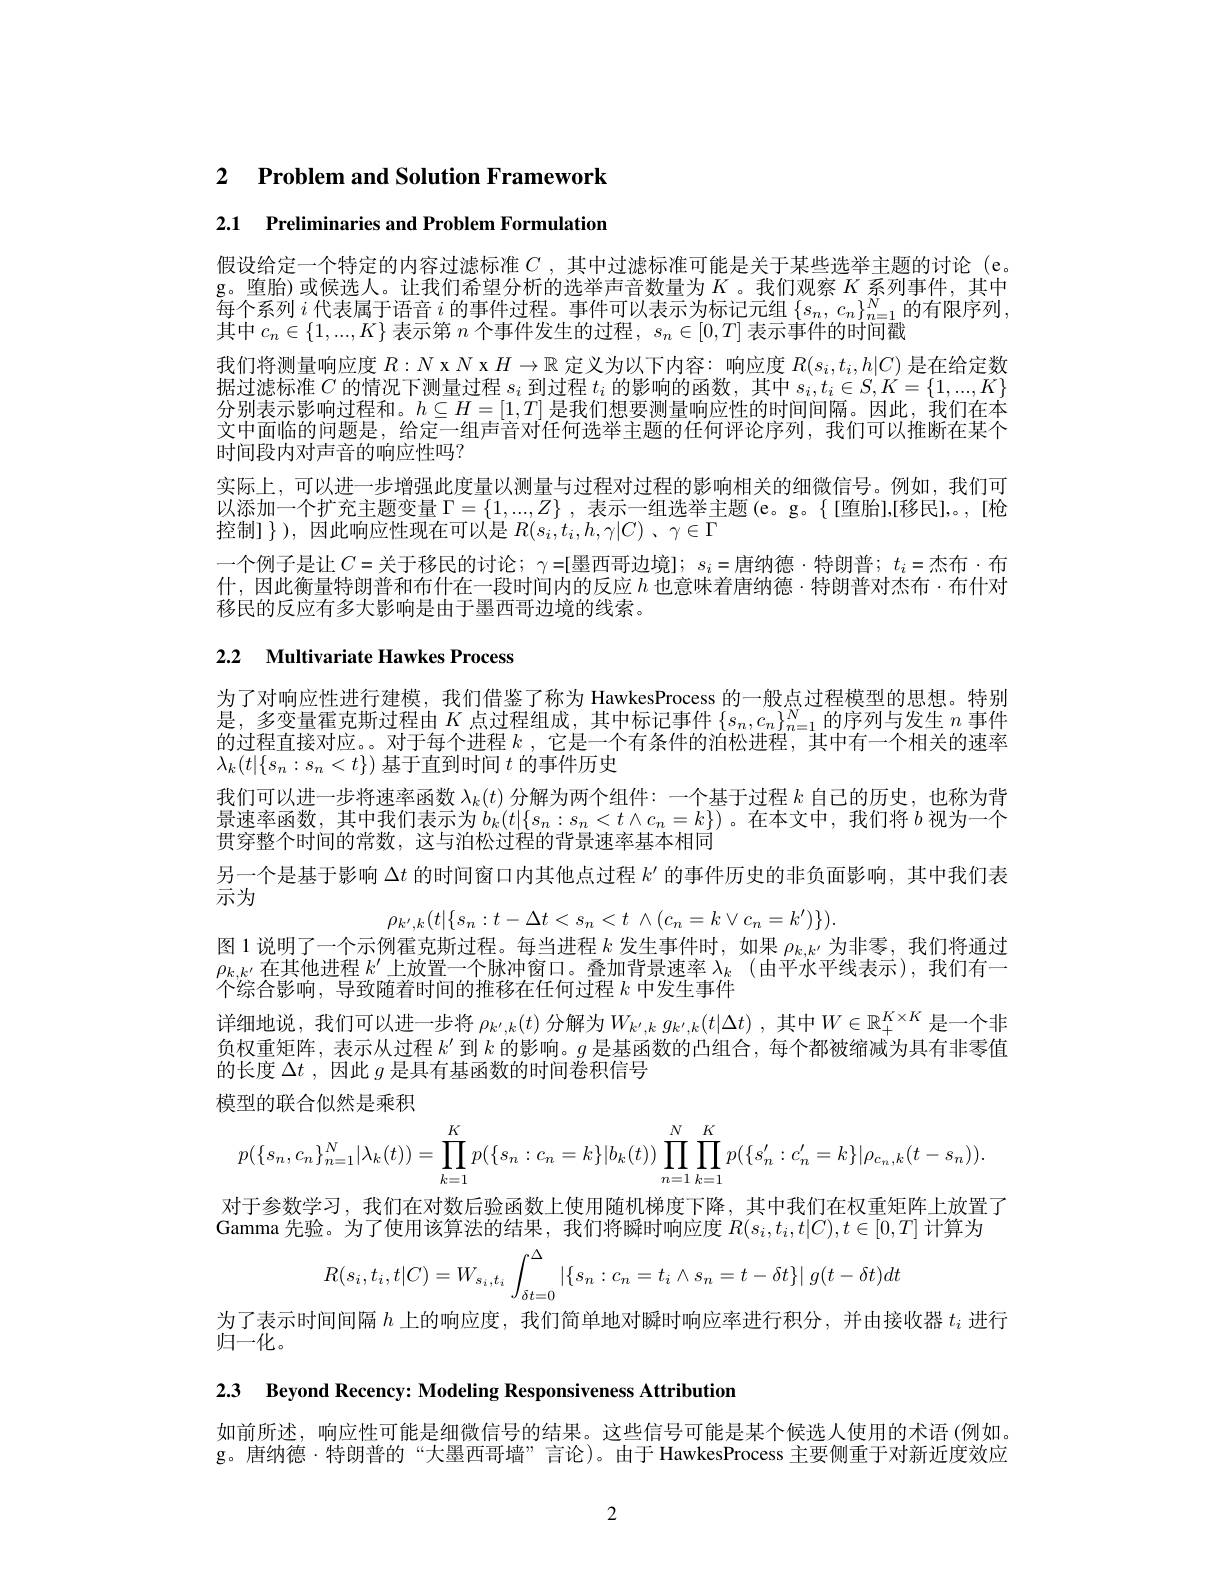
## 2 $\textbf{Problem and Solution Framework}$

2.1 Preliminaries and Problem Formulation

假设给定一个特定的内容过滤标准$C$ ,其中过滤标准可能是关于某些选举主题的讨论 (e。g。堕胎)或候选人。让我们希望分析的选举声音数量为$K$。我们观察$K$系列事件，其中每个系列$i$代表属于语音$i$的事件过程。事件可以表示为标记元组$\{s_n,c_n\}_n=1^N$的有限序列， 其中$c_n\in\{1,...,K\}$表示第$n$个事件发生的过程$,s_n\in[0,T]$表示事件的时间戳
我们将测量响应度$R:N$ x $N$ x $H\to\mathbb{R}$定义为以下内容：响应度$R(s_i,t_i,h|C)$是在给定数据过滤标准$C$的情况下测量过程$s_i$到过程$t_i$的影响的函数，其中$s_i,t_i\in S,K=\{1,...,K\}$ 分别表示影响过程和。$h\subseteq H=[1,T]$是我们想要测量响应性的时间间隔。因此，我们在本文中面临的问题是，给定一组声音对任何选举主题的任何评论序列，我们可以推断在某个时间段内对声音的响应性吗？
实际上，可以进一步增强此度量以测量与过程对过程的影响相关的细微信号。例如，我们可以添加一个扩充主题变量$\Gamma=\{1,...,Z\}$,表示一组选举主题(e。g。{[I堕胎],[移民],。,[枪控制]),因此响应性现在可以是$R( s_i, t_i, h, \gamma | C)$ , $\gamma \in \overline {\Gamma }$
一个例子是让 $C=$ 关于移民的讨论；$\gamma=[$墨西哥边境$];s_i=$唐纳德·特朗普$;t_i=$杰布·布什，因此衡量特朗普和布什在一段时间内的反应$h$也意味着唐纳德·特朗普对杰布·布什对移民的反应有多大影响是由于墨西哥边境的线索。

## 2.2 Multivariate Hawkes Process

为了对响应性进行建模，我们借鉴了称为 HawkesProcess 的一般点过程模型的思想。特别是，多变量霍克斯过程由$K$点过程组成，其中标记事件$\{s_n,c_n\}_{n=1}^N$的序列与发生$n$事件的过程直接对应。对于每个进程$k$ ,它是一个有条件的泊松进程，其中有一个相关的速率$\lambda_k(t|\{s_n:s_n<t\})$基于直到时间$t$的事件历史
我们可以进一步将速率函数$\lambda_k(t)$分解为两个组件：一个基于过程$k$自己的历史，也称为背景速率函数，其中我们表示为$b_k(t|\{s_n:s_n<t\wedge c_n=k\})$。在本文中，我们将 $b$ 视为一个贯穿整个时间的常数，这与泊松过程的背景速率基本相同
另一个是基于影响$\Delta t$的时间窗口内其他点过程$k^{\prime}$的事件历史的非负面影响，其中我们表
示为
$$\rho_{k^{\prime},k}(t|\{s_{n}:t-\Delta t<s_{n}<t\:\wedge(c_{n}=k\vee c_{n}=k^{\prime})\}).$$
图 1 说明了一个示例霍克斯过程。每当进程$k$发生事件时，如果$\rho_k,k^{\prime}$为非零，我们将通过$\rho_{k,k^{\prime}}$在其他进程$k^\prime$上放置一个脉冲窗口。叠加背景速率$\lambda_k$ (由平水平线表示),我们有一个综合影响，导致随着时间的推移在任何过程$k$中发生事件
详细地说，我们可以进一步将 $\rho_{k^{\prime},k}(t)$ 分解为$W_k^{\prime},kg_{k^{\prime},k}(t|\Delta t)$,其中$W\in\mathbb{R}_+^{K\times K}$ 是一个非负权重矩阵，表示从过程$k^\prime$到$k$的影响。$g$是基函数的凸组合，每个都被缩减为具有非零值的长度$\Delta t$ ,因此$g$是具有基函数的时间卷积信号
模型的联合似然是乘积
$$\begin{aligned}p(\{s_n,c_n\}_{n=1}^N|\lambda_k(t))=\prod_{k=1}^Kp(\{s_n:c_n=k\}|b_k(t))\prod_{n=1}^N\prod_{k=1}^Kp(\{s_n':c_n'=k\}|\rho_{c_n,k}(t-s_n)).\end{aligned}$$
对于参数学习，我们在对数后验函数上使用随机梯度下降，其中我们在权重矩阵上放置了
Gamma 先验。为了使用该算法的结果，我们将瞬时响应度$R(s_i,t_i,t|C),t\in[0,T]$计算为
$$R(s_i,t_i,t|C)=W_{s_i,t_i}\int_{\delta t=0}^{\Delta}|\{s_n:c_n=t_i\wedge s_n=t-\delta t\}|\:g(t-\delta t)dt$$
为了表示时间间隔$h$上的响应度，我们简单地对瞬时响应率进行积分，并由接收器$t_i$进行
归一化。

2.3 Beyond Recency: Modeling Responsiveness Attribution

如前所述，响应性可能是细微信号的结果。这些信号可能是某个候选人使用的术语 (例如。g。唐纳德·特朗普的“大墨西哥墙”言论)。由于 HawkesProcess 主要侧重于对新近度效应

2